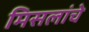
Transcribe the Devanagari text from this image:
मिसलांचे